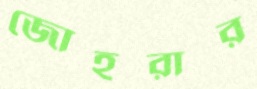
জোহরার